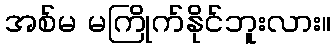
အစ်မ မကြိုက်နိုင်ဘူးလား။